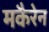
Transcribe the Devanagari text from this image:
मकैरेन